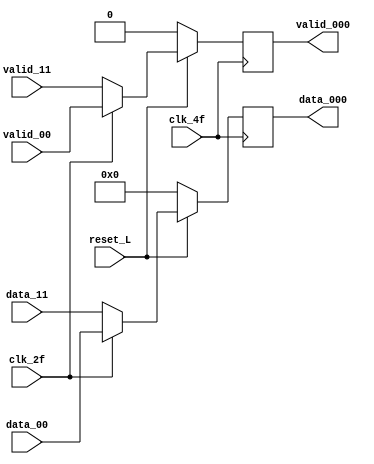
module MUX_L2 (
		output reg [7:0] data_000,
		output reg 	 valid_000,
		input 		 reset_L,
		input 		 clk_2f,
		input		 clk_4f,
		input [7:0] 	 data_00,
		input [7:0] 	 data_11,
		input 		 valid_00,
		input 		 valid_11);

   //Seales internas
   reg [7:0] 			 a;
   wire 				 selector_4f;
   reg 				 validt_000;
   

   //Lgica selector automtico

   assign selector_4f = ~clk_2f;

   //Lgica MUX 

   always @(*)
     begin
	validt_000 = 0; 
	a = 0;
	if (~selector_4f) begin
		a = data_00;
		validt_000 = valid_00;
	end
	else begin
		a = data_11;
		validt_000 = valid_11;
	end
	  
     end

   // Lgica Flop

   always @ (posedge clk_4f)
     begin
	if(reset_L)
	  begin
	     data_000 <= a;
	     valid_000 <= validt_000;
	  end
	else if(~reset_L) begin
		data_000 <= 0;
		valid_000 <= 0;
	end
    end
   
	
endmodule // MUX_L2